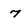
Character: 7